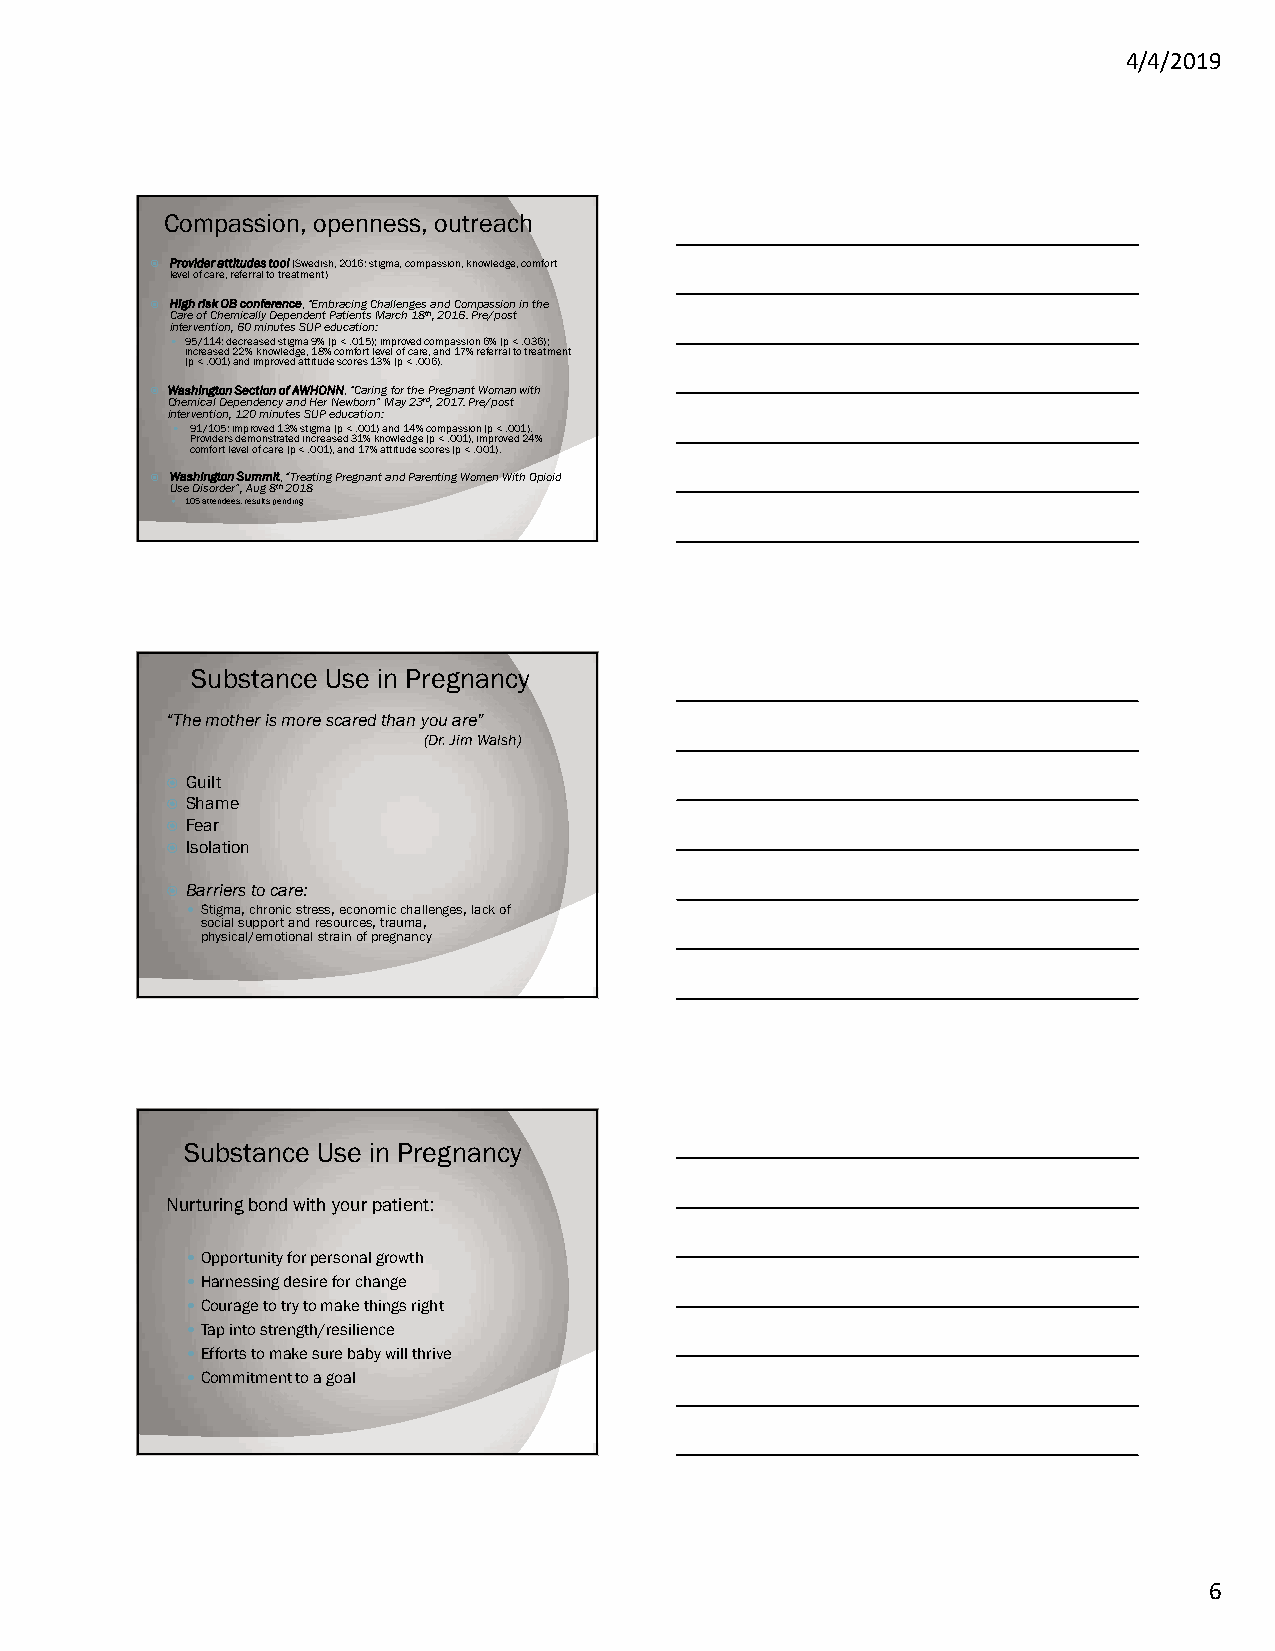
4/4/2019
 Compassion, openness, outreach
  Provider attitudes tool (Swedish, 2016: stigma, compassion, knowledge, comfort
 level of care, referral to treatment)
  High risk OB conference, “Embracing Challenges and Compassion in the
 Care of Chemically Dependent Patients March 18th, 2016. Pre/post
 intervention, 60 minutes SUP education:
  95/114: decreased stigma 9% (p < .015); improved compassion 6% (p < .036);
 increased 22% knowledge, 18% comfort level of care, and 17% referral to treatment
 (p < .001) and improved attitude scores 13% (p < .006).
  Washington Section of AWHONN, “Caring for the Pregnant Woman with
 Chemical Dependency and Her Newborn” May 23rd, 2017. Pre/post
 intervention, 120 minutes SUP education:
  91/105: improved 13% stigma (p < .001) and 14% compassion (p < .001).
 Providers demonstrated increased 31% knowledge (p < .001), improved 24%
 comfort level of care (p < .001), and 17% attitude scores (p < .001).
  Washington Summit, “Treating Pregnant and Parenting Women With Opioid
 Use Disorder”, Aug 8th 2018
  105 attendees, results pending
 Substance Use in Pregnancy
 “The mother is more scared than you are”
 (Dr. Jim Walsh)
  Guilt
  Shame
  Fear
  Isolation
  Barriers to care:
  Stigma, chronic stress, economic challenges, lack of
 social support and resources, trauma,
 physical/emotional strain of pregnancy
 Substance Use in Pregnancy
 Nurturing bond with your patient:
 Opportunity for personal growth
 Harnessing desire for change
 Courage to try to make things right
 Tap into strength/resilience
 Efforts to make sure baby will thrive
 Commitment to a goal
 6